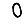
Digit: 0